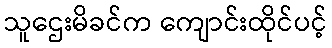
သူဌေးမိခင်က ကျောင်းထိုင်ပင့်